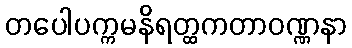
တပေါပက္ကမနိရတ္ထကတာဝဏ္ဏနာ